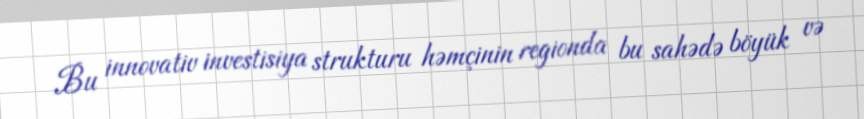
Bu innovativ investisiya strukturu həmçinin regionda bu sahədə böyük və